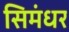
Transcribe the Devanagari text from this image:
सिमंधर